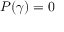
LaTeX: P ( \gamma ) = 0